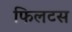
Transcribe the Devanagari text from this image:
फिलटस